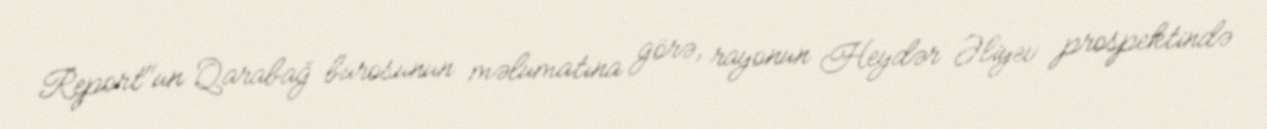
Report"un Qarabağ bürosunun məlumatına görə, rayonun Heydər Əliyev prospektində